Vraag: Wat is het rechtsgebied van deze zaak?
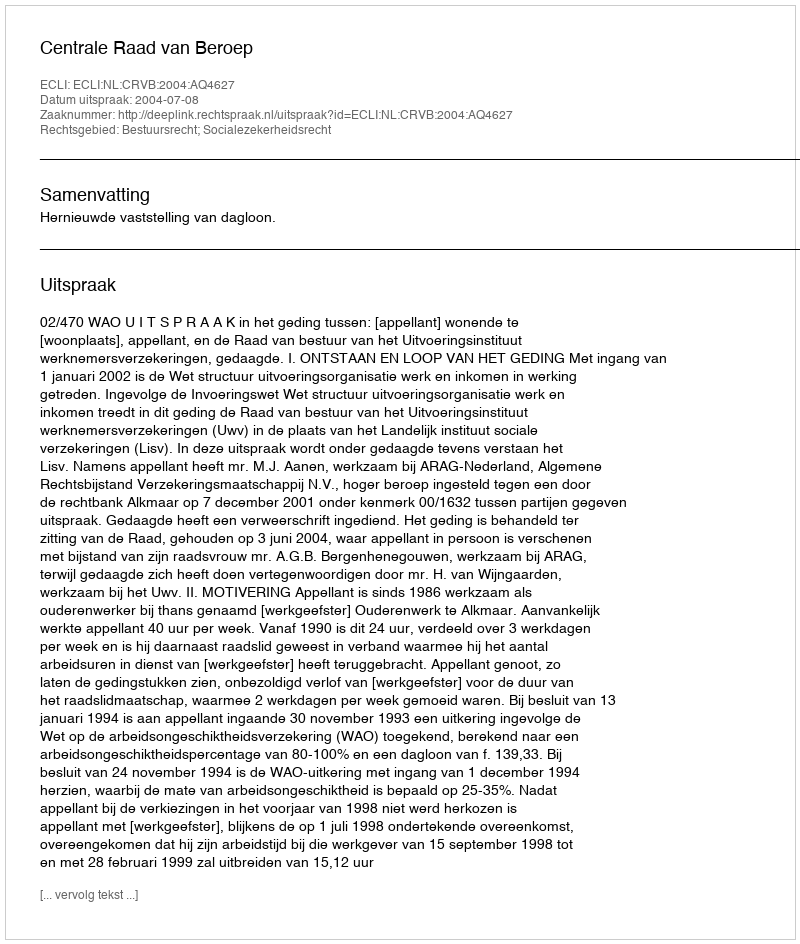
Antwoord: Bestuursrecht; Socialezekerheidsrecht